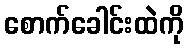
စောက်ခေါင်းထဲကို